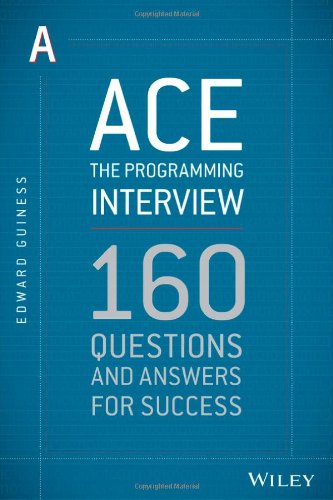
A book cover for Ace the Programming Interview: 160 Questions and Answers for Success; Edward Guiness; Business & Money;